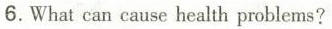
6.What can cause health problems?